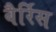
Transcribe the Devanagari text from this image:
बैर्रिस